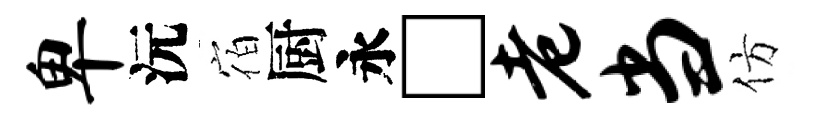
卑沅宿厨永□老当仿